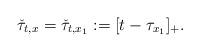
LaTeX: \begin{align*} \check \tau_{t,x} = \check \tau_{t,x_1} :=[t - \tau_{x_1}]_+. \end{align*}